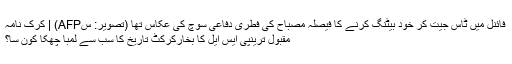
فائنل میں ٹاس جیت کر خود بیٹنگ کرنے کا فیصلہ مصباح کی فطری دفاعی سوچ کی عکاس تھا (تصویر: سAFP) | کرک نامہ
مقبول ترینپی ایس ایل کا بخارکرکٹ تاریخ کا سب سے لمبا چھکا کون سا؟